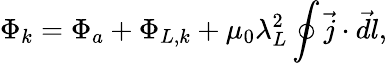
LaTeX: \Phi_{k}=\Phi_{a}+\Phi_{L,k}+\mu_{0}\lambda_{L}^{2}\oint\vec{j}\cdot\vec{dl},